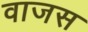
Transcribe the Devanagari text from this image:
वाजस